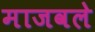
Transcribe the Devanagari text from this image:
माजवले